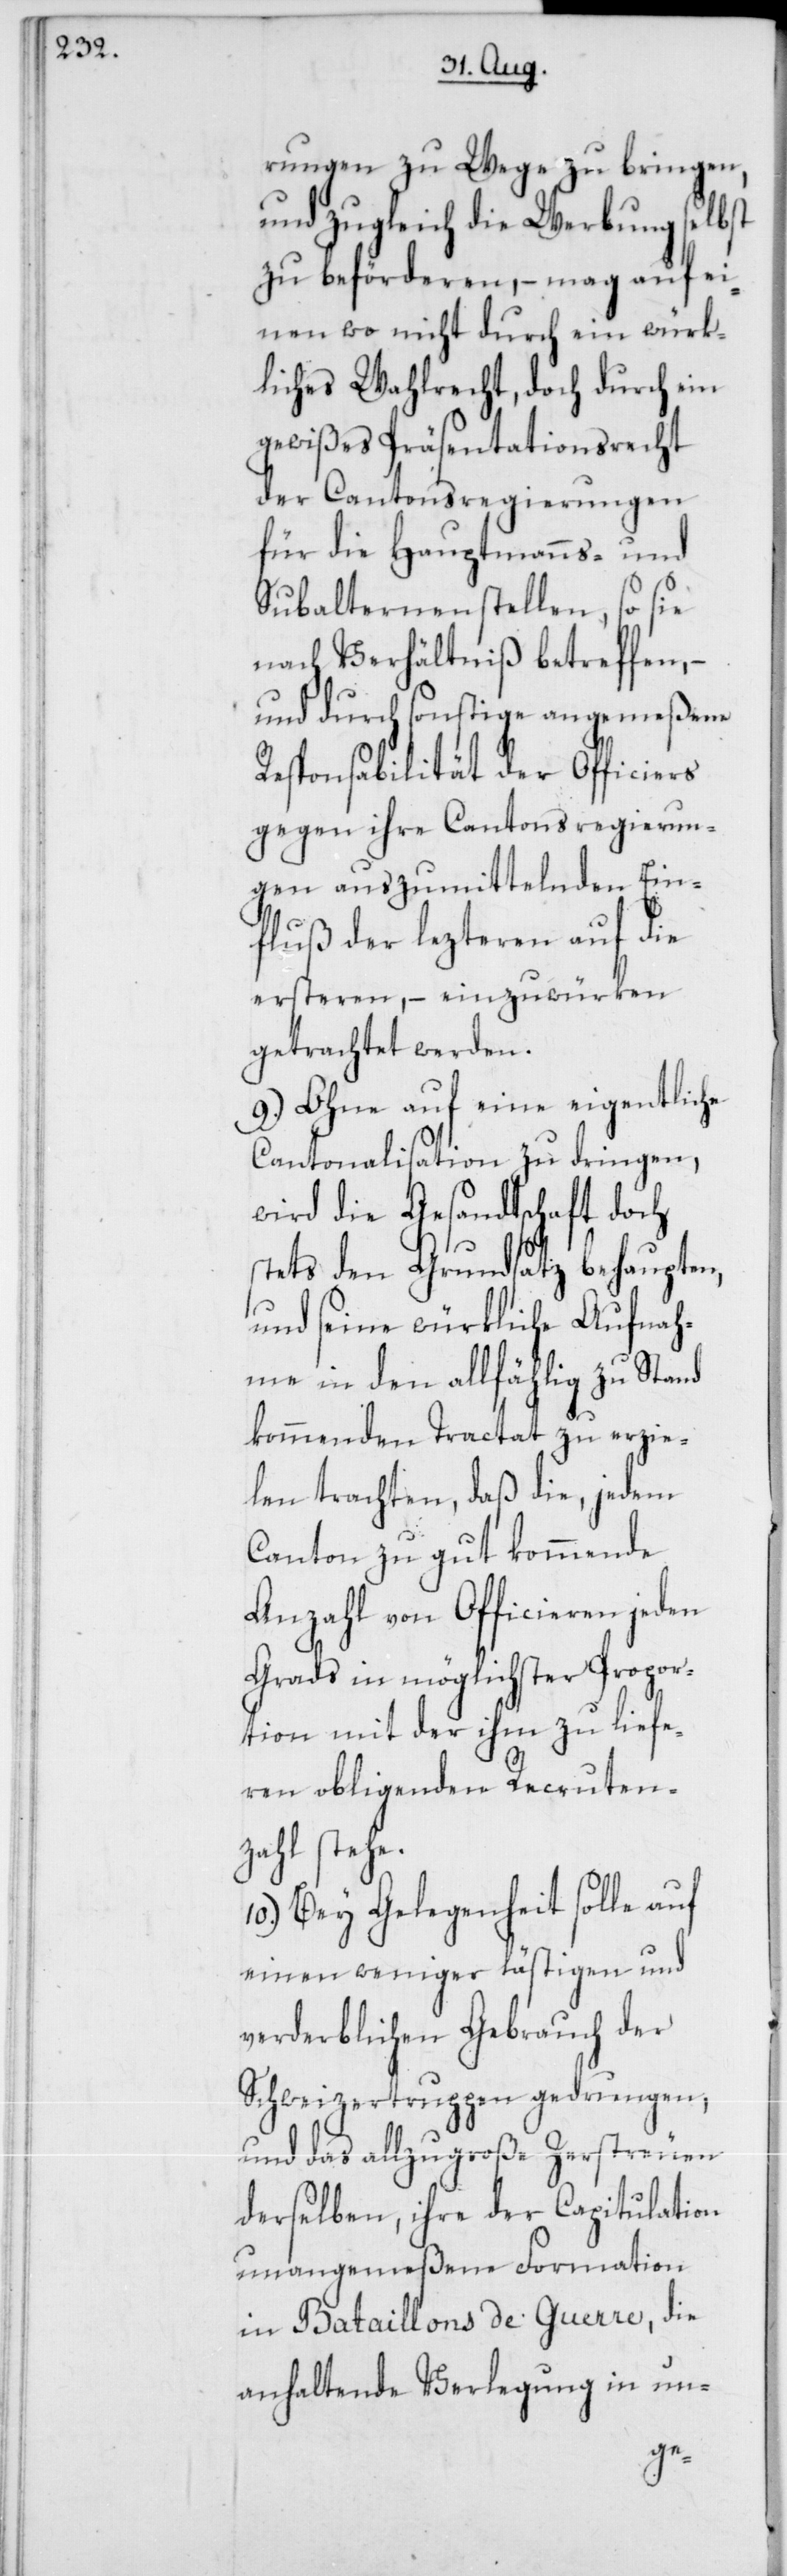
rungen zu Wege zu bringen,
und zugleich die Werbung selbst
zu beförderen, – mag auf ei¬
nen wo nicht durch ein würk¬
liches Wahlrecht, doch durch ein
gewißes Präsentationsrecht
der Cantonsregierungen
für die Hauptmanns- und
Subalternenstellen, so sie
nach Verhältniß betreffen, –
und durch sonstige angemeßene
Responsabilität der Officiers
gegen ihre Cantonsregierun¬
gen auszumittelnden Ein¬
fluß der lezteren auf die
ersteren, – einzuwürken
getrachtet werden.
9.) Ohne auf eine eigentliche
Cantonalisation zu dringen,
wird die Gesandtschaft doch
stets den Grundsatz behaupten,
und seine würkliche Aufnah¬
me in den allfählig zu Stand
kommenden Tractat zu erzie¬
len trachten, daß die, jedem
Canton zugut kommende
Anzahl von Officieren jeden
Grads in möglichster Propor¬
tion mit der ihm zu liefe¬
ren obligenden Recruten¬
zahl stehe.
10.) Bey Gelegenheit solle auf
einen weniger lästigen und
verderblichen Gebrauch der
Schweizertruppen gedrungen,
und das allzu große Zerstreuen
derselben, ihre der Capitulation
unangemeßene Formation
in Bataillons de Guerre, die
anhaltende Verlegung in un-